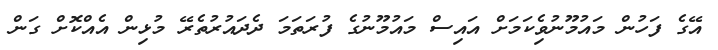
އޭގެ ފަހުން މައުމޫނުވެިކަމަށް އައިސް މައުމޫނުގެ ފުރަތަމަ ދެދައުރުތެރޭ މުޅިން އެއްކޮށް ގަން